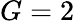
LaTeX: G=2